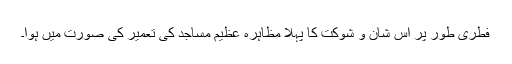
فطری طور پر اس شان و شوکت کا پہلا مظاہرہ عظیم مساجد کی تعمیر کی صورت میں ہوا۔